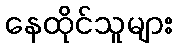
နေထိုင်သူများ